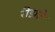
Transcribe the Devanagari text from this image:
रीझते